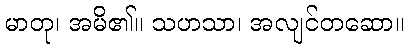
မာတု၊ အမိ၏။ သဟသာ၊ အလျင်တဆော။